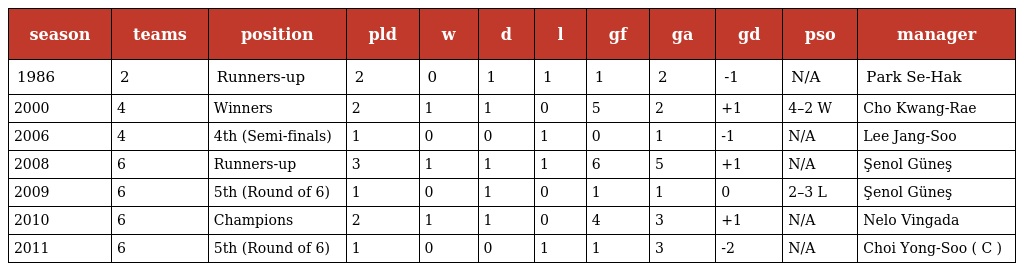
| season | teams | position | pld | w | d | l | gf | ga | gd | pso | manager |
 | --- | --- | --- | --- | --- | --- | --- | --- | --- | --- | --- | --- |
 | 1986 | 2 | Runners-up | 2 | 0 | 1 | 1 | 1 | 2 | -1 | N/A | Park Se-Hak |
 | 2000 | 4 | Winners | 2 | 1 | 1 | 0 | 5 | 2 | +1 | 4–2 W | Cho Kwang-Rae |
 | 2006 | 4 | 4th (Semi-finals) | 1 | 0 | 0 | 1 | 0 | 1 | -1 | N/A | Lee Jang-Soo |
 | 2008 | 6 | Runners-up | 3 | 1 | 1 | 1 | 6 | 5 | +1 | N/A | Şenol Güneş |
 | 2009 | 6 | 5th (Round of 6) | 1 | 0 | 1 | 0 | 1 | 1 | 0 | 2–3 L | Şenol Güneş |
 | 2010 | 6 | Champions | 2 | 1 | 1 | 0 | 4 | 3 | +1 | N/A | Nelo Vingada |
 | 2011 | 6 | 5th (Round of 6) | 1 | 0 | 0 | 1 | 1 | 3 | -2 | N/A | Choi Yong-Soo ( C ) |